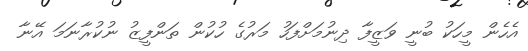
އެހެން މީހަކު ބުނީ ވަޒީފާ ދިނުމަށްފަހު މަރުގެ ހުކުން ތަންފީޒު ނުކުރާނަމަ އޭނާ